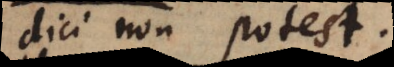
dici non potest.